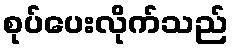
စုပ်ပေးလိုက်သည်